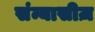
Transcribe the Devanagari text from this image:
संन्यासीज़